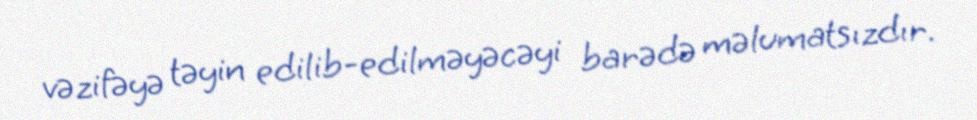
vəzifəyə təyin edilib-edilməyəcəyi barədə məlumatsızdır.